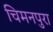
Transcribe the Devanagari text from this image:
चिमनपुरा